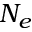
N _ { e }